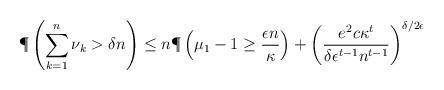
LaTeX: \begin{align*}\P\left(\sum_{k=1}^n \nu_k> \delta n\right)\le n\P\left(\mu_1-1 \ge \frac{\epsilon n}{\kappa} \right)+\left(\frac{e^2 c \kappa^t}{\delta \epsilon^{t-1} n^{t-1}}\right)^{\delta/2\epsilon}\end{align*}